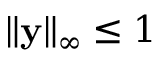
\| \mathbf { y } \| _ { \infty } \leq 1